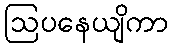
ဩပနေယျိကာ